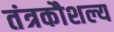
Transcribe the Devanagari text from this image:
तंत्रकौशल्य